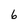
Character: 6